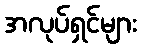
အလုပ်ရှင်များ